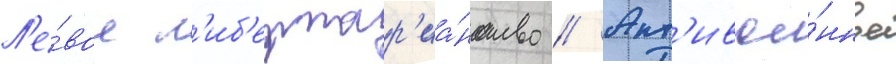
Л'е́вое л'иб'ертар'иа́нство // Ант'ивое́нное